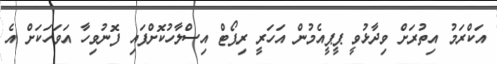
އަކްރަމު އިތުރަށް ވިދާޅުވީ ޕީޕީއެމުން އަހަރީ ރިޕޯޓް އިސްލާހުކޮށްފައި ފޮނުވިހާ އަވަހަކަށް އެ